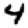
Digit: 4